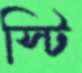
স্টি